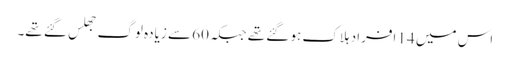
اس میں 14 افراد ہلاک ہو گئے تھے جبکہ 60 سے زیادہ لوگ جھلس گئے تھے۔